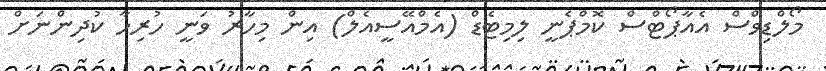
މޯލްޑިވްސް އެއާޕޯޓްސް ކޮމްޕެނީ ލިމިޓެޑް (އެމްއޭސީއެލް) އިން މިހާރު ވަނީ ހުރިހާ ކުދިންނަށް